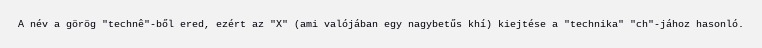
A név a görög "technê"-ből ered, ezért az "X" (ami valójában egy nagybetűs khí) kiejtése a "technika" "ch"-jához hasonló.